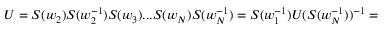
U = S ( w _ { 2 } ) S ( w _ { 2 } ^ { - 1 } ) S ( w _ { 3 } ) . . . S ( w _ { N } ) S ( w _ { N } ^ { - 1 } ) = S ( w _ { 1 } ^ { - 1 } ) U ( S ( w _ { N } ^ { - 1 } ) ) ^ { - 1 } =